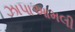
ઝાપાઆમલી